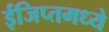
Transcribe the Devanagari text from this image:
ईजिप्तमध्ये